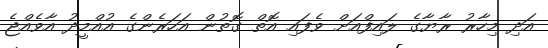
އަދި މިހާރު ރާޔާގެ ލައިފްއަށް ވެފައި އޮތް ގޮތުން އަހަރެންގެ އުއްމީދު އާވެއްޖެ